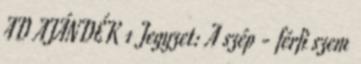
AD AJÁNDÉK 1 Jegyzet: A szép - férfi szem